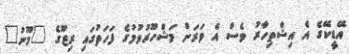
އޭޑީކޭގެ އެ އިޝްތިހާރު ވެސް އެ ވަރަށް މަޝްހޫރުވުމުގެ ފަހަތުގައި ރިޒޫގެ "މޫނު"